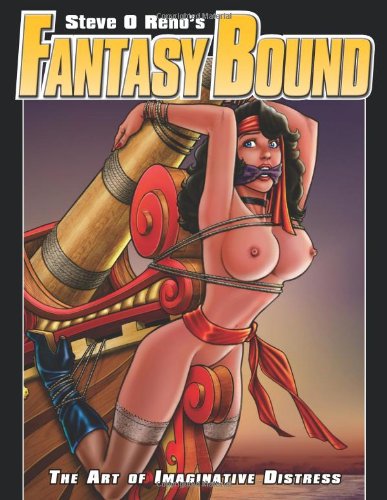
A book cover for Fantasy Bound; Steve O Reno; Arts & Photography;